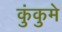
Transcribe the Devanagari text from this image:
कुंकुमे